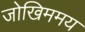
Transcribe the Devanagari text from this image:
जोखिममय